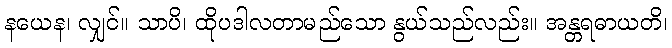
နယေန၊ လျှင်။ သာပိ၊ ထိုပဒါလတာမည်သော နွယ်သည်လည်း။ အန္တရဓာယတိ၊